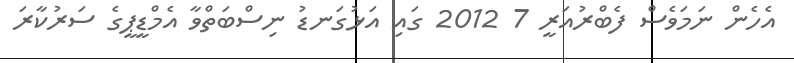
އެހެން ނަމަވެސް ފެބްރުއަރީ 7 2012 ގައި އަޅުގަނޑު ނިސްބަތްވާ އެމްޑީޕީގެ ސަރުކާރަ